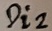
Text: Di2